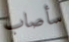
سأصاب